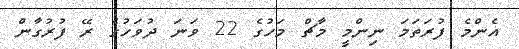
އެންމެ ފުރަތަމަ ނިންމީ މާޗް މަހުގެ 22 ވަނަ ދުވަހުގެ ރޭ ފުރުގާން